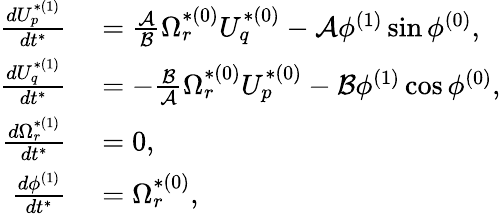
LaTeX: \begin{array}{rl}{\frac{dU_{p}^{*(1)}}{dt^{*}}}&{{}=\frac{\mathcal{A}}{\mathcal{B}}\Omega_{r}^{*(0)}U_{q}^{*(0)}-\mathcal{A}\phi^{(1)}\sin\phi^{(0)},}\\ {\frac{dU_{q}^{*(1)}}{dt^{*}}}&{{}=-\frac{\mathcal{B}}{\mathcal{A}}\Omega_{r}^{*(0)}U_{p}^{*(0)}-\mathcal{B}\phi^{(1)}\cos\phi^{(0)},}\\ {\frac{d\Omega_{r}^{*(1)}}{dt^{*}}}&{{}=0,}\\ {\frac{d\phi^{(1)}}{dt^{*}}}&{{}=\Omega_{r}^{*(0)},}\end{array}